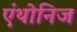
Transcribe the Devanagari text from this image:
एंथोनिज